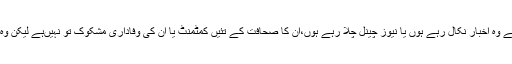
جو ادارے صحافت سے جڑ ے ہیں، چاہے وہ اخبار نکال رہے ہوں یا نیوز چینل چلا رہے ہوں،ان کا صحافت کے تئیں کمٹمنٹ یا ان کی وفاداری مشکوک تو نہیںہے لیکن وہ سوالوں کے دائرے میںضرور آئیں گے۔